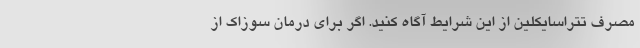
مصرف تتراسایکلین از این شرایط آگاه کنید. اگر برای درمان سوزاک از